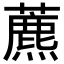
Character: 藨